Civil Veterinary Dept. Bombay admin report 1893-99 - 1893-1899
Year: 1893
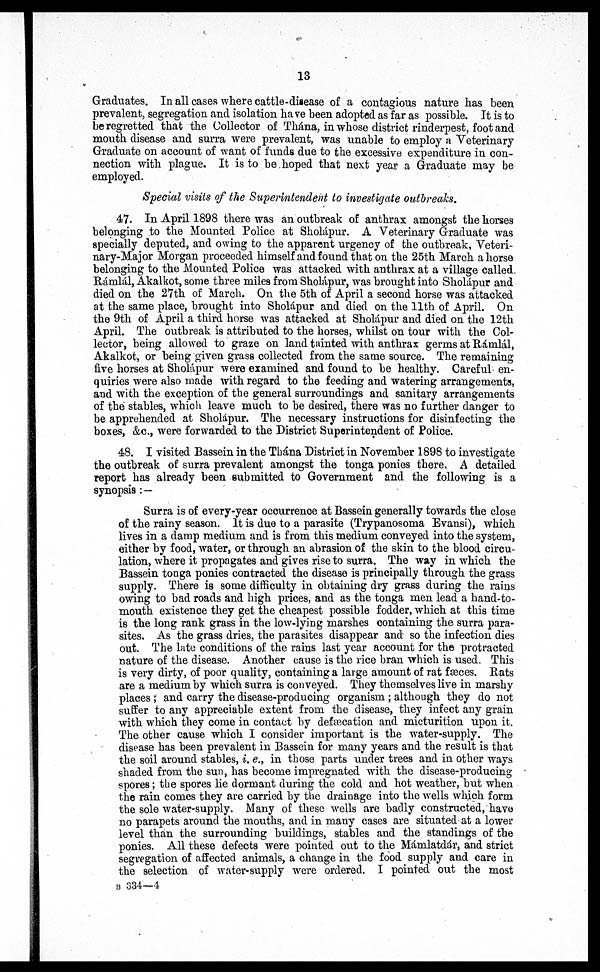
13
Graduates. In all cases where cattle-disease of a contagious nature has been
prevalent, segregation and isolation have been adopted as far as possible. It is to
be regretted that the Collector of Thána, in whose district rinderpest, foot and
mouth disease and surra were prevalent, was unable to employ a Veterinary
Graduate on account of want of funds due to the excessive expenditure in con-
nection with plague. It is to be hoped that next year a Graduate may be
employed.
Special visits of the Superintendent to investigate outbreaks.
47. In April 1898 there was an outbreak of anthrax amongst the horses
belonging to the Mounted Police at Sholápur. A Veterinary Graduate was
specially deputed, and owing to the apparent urgency of the outbreak, Veteri-
nary-Major Morgan proceeded himself and found that on the 25th March a horse
belonging to the Mounted Police was attacked with anthrax at a village called.
Rámlál, Akalkot, some three miles from Sholápur, was brought into Sholápur and
died on the 27th of March. On the 5th of April a second horse was attacked
at the same place, brought into Sholápu r and died on the 11th of April. On
the 9th of April a third horse was attacked at Sholápur and died on the 12th
April. The outbreak is attributed to the horses, whilst on tour with the Col-
lector, being allowed to graze on land tainted with anthrax germs at Rámlál,
Akalkot, or being given grass collected from the same source. The remaining
five horses at Sholápur were examined and found to be healthy. Careful en-
quiries were also made with regard to the feeding and watering arrangements,
and with the exception of the general surroundings and sanitary arrangements
of the stables, which leave much to be desired, there was no further danger to
be apprehended at Sholápur. The necessary instructions for disinfecting the
boxes, &c., were forwarded to the District Superintendent of Police.
48. I visited Bassein in the Thána District in November 1898 to investigate
the outbreak of surra prevalent amongst the tonga ponies there. A detailed
report has already been submitted to Government and the following is a
synopsis :—
Surra is of every-year occurrence at Bassein generally towards the close
of the rainy season. It is due to a parasite (Trypanosoma Evansi), which
lives in a damp medium and is from this medium conveyed into the system,
either by food, water, or through an abrasion of the skin to the blood circu-
lation, where it propagates and gives rise to surra. The way in which the
Bassein tonga ponies contracted the disease is principally through the grass
supply. There is some difficulty in obtaining dry grass during the rains
owing to bad roads and high prices, and as the tonga men lead a hand-to-
mouth existence they get the cheapest possible fodder, which at this time
is the long rank grass in the low-lying marshes containing the surra para-
sites. As the grass dries, the parasites disappear and so the infection dies
out. The late conditions of the rains last year account for the protracted
nature of the disease. Another cause is the rice bran which is used. This
is very dirty, of poor quality, containing a large amount of rat fæces. Rats
are a medium by which surra is conveyed. They themselves live in marshy
places ; and carry the disease-producing organism ; although they do not
suffer to any appreciable extent from the disease, they infect any grain
with which they come in contact by defæcation and micturition upon it.
The other cause which I consider important is the water-supply. The
disease has been prevalent in Bassein for many years and the result is that
the soil around stables, i. e., in those parts under trees and in other ways
shaded from the sun, has become impregnated with the disease-producing
spores; the spores lie dormant during the cold and hot weather, but when
the rain comes they are carried by the drainage into the wells which form
the sole water-supply. Many of these wells are badly constructed, have
no parapets around the mouths, and in many cases are situated at a lower
level than the surrounding buildings, stables and the standings of the
ponies. All these defects were pointed out to the Mámlatdár, and strict
segregation of affected animals, a change in the food supply and care in
the selection of water-supply were ordered. I pointed out the most
B 334—4